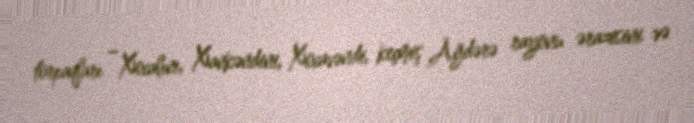
torpaqları – Xocalını, Xankəndini, Xocavəndi, keçmiş Ağdərə rayonu ərazisini və